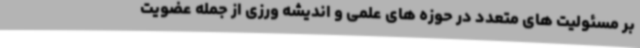
بر مسئولیت های متعدد در حوزه های علمی و اندیشه ورزی از جمله عضویت‌